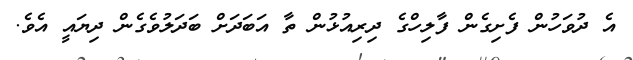
އެ ދުވަހުން ފެށިގެން ފާލިހްގެ ދިރިއުޅުން ތާ އަބަދަށް ބަދަލުވެގެން ދިޔައީ އެވެ.